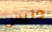
دنيس